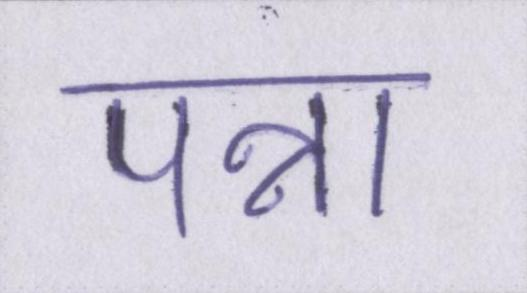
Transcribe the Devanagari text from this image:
पन्ना